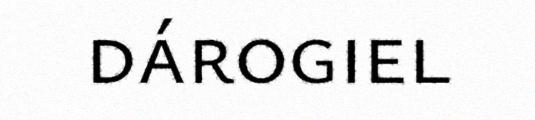
dárogiel